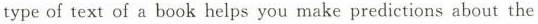
type of text of a book helps you make predictions about the